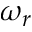
\omega _ { r }